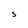
Character: S